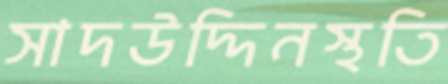
সাদউদ্দিনস্থতি